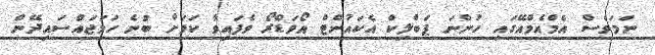
ނަމަވެސް އެމްއެމްއޭގައި ހުންނަ ޕަބްލިކް އެކައުންޓް އޯވަޑްރޯ ވެފައިވާ ކަމަށް ބުނެ ހަމަޖައްސައިދޭން